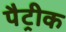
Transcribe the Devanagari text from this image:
पैट्रीक